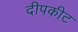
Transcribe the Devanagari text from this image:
दीपकीट